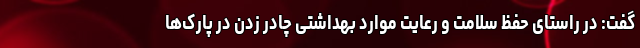
گفت: در راستای حفظ سلامت و رعایت موارد بهداشتی چادر زدن در پارک‌ها